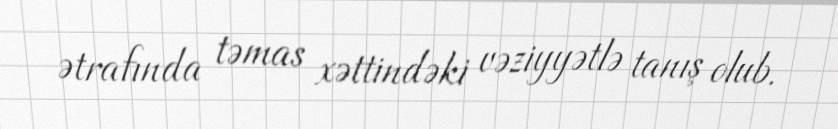
ətrafında təmas xəttindəki vəziyyətlə tanış olub.